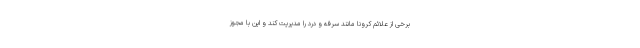
برخی از علائم کرونا مانند سرفه و درد را مدیریت کند و این با مجوز